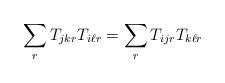
LaTeX: \begin{align*} \sum_{r}T_{jkr}T_{i\ell r} = \sum_{r}T_{ijr}T_{k\ell r}\end{align*}